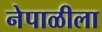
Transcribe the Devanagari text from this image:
नेपाळीला